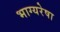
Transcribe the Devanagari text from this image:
भाग्यरेषा